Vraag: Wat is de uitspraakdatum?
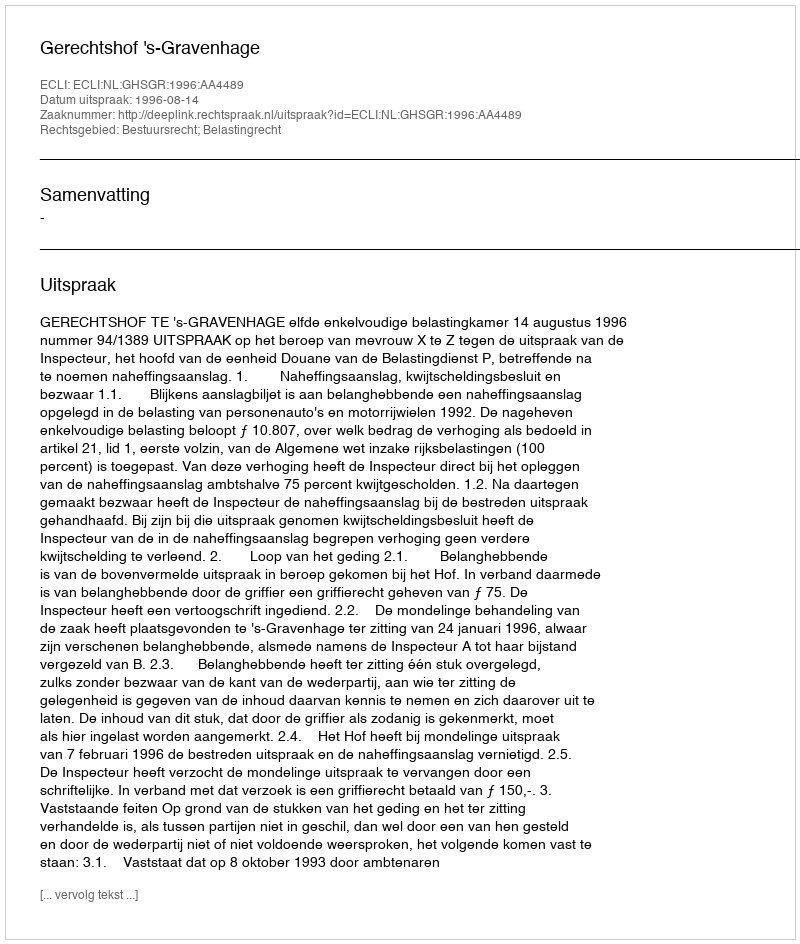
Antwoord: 1996-08-14